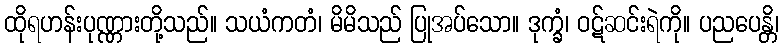
ထိုရဟန်းပုဏ္ဏားတို့သည်။ သယံကတံ၊ မိမိသည် ပြုအပ်သော။ ဒုက္ခံ၊ ဝဋ်ဆင်းရဲကို။ ပညပေန္တိ၊